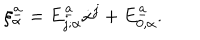
LaTeX: \xi _ { \alpha } ^ { \underline { { { a } } } } = E _ { j ; \alpha } ^ { \underline { { { a } } } } \dot { x } ^ { j } + E _ { 0 , \alpha } ^ { \underline { { { a } } } } .